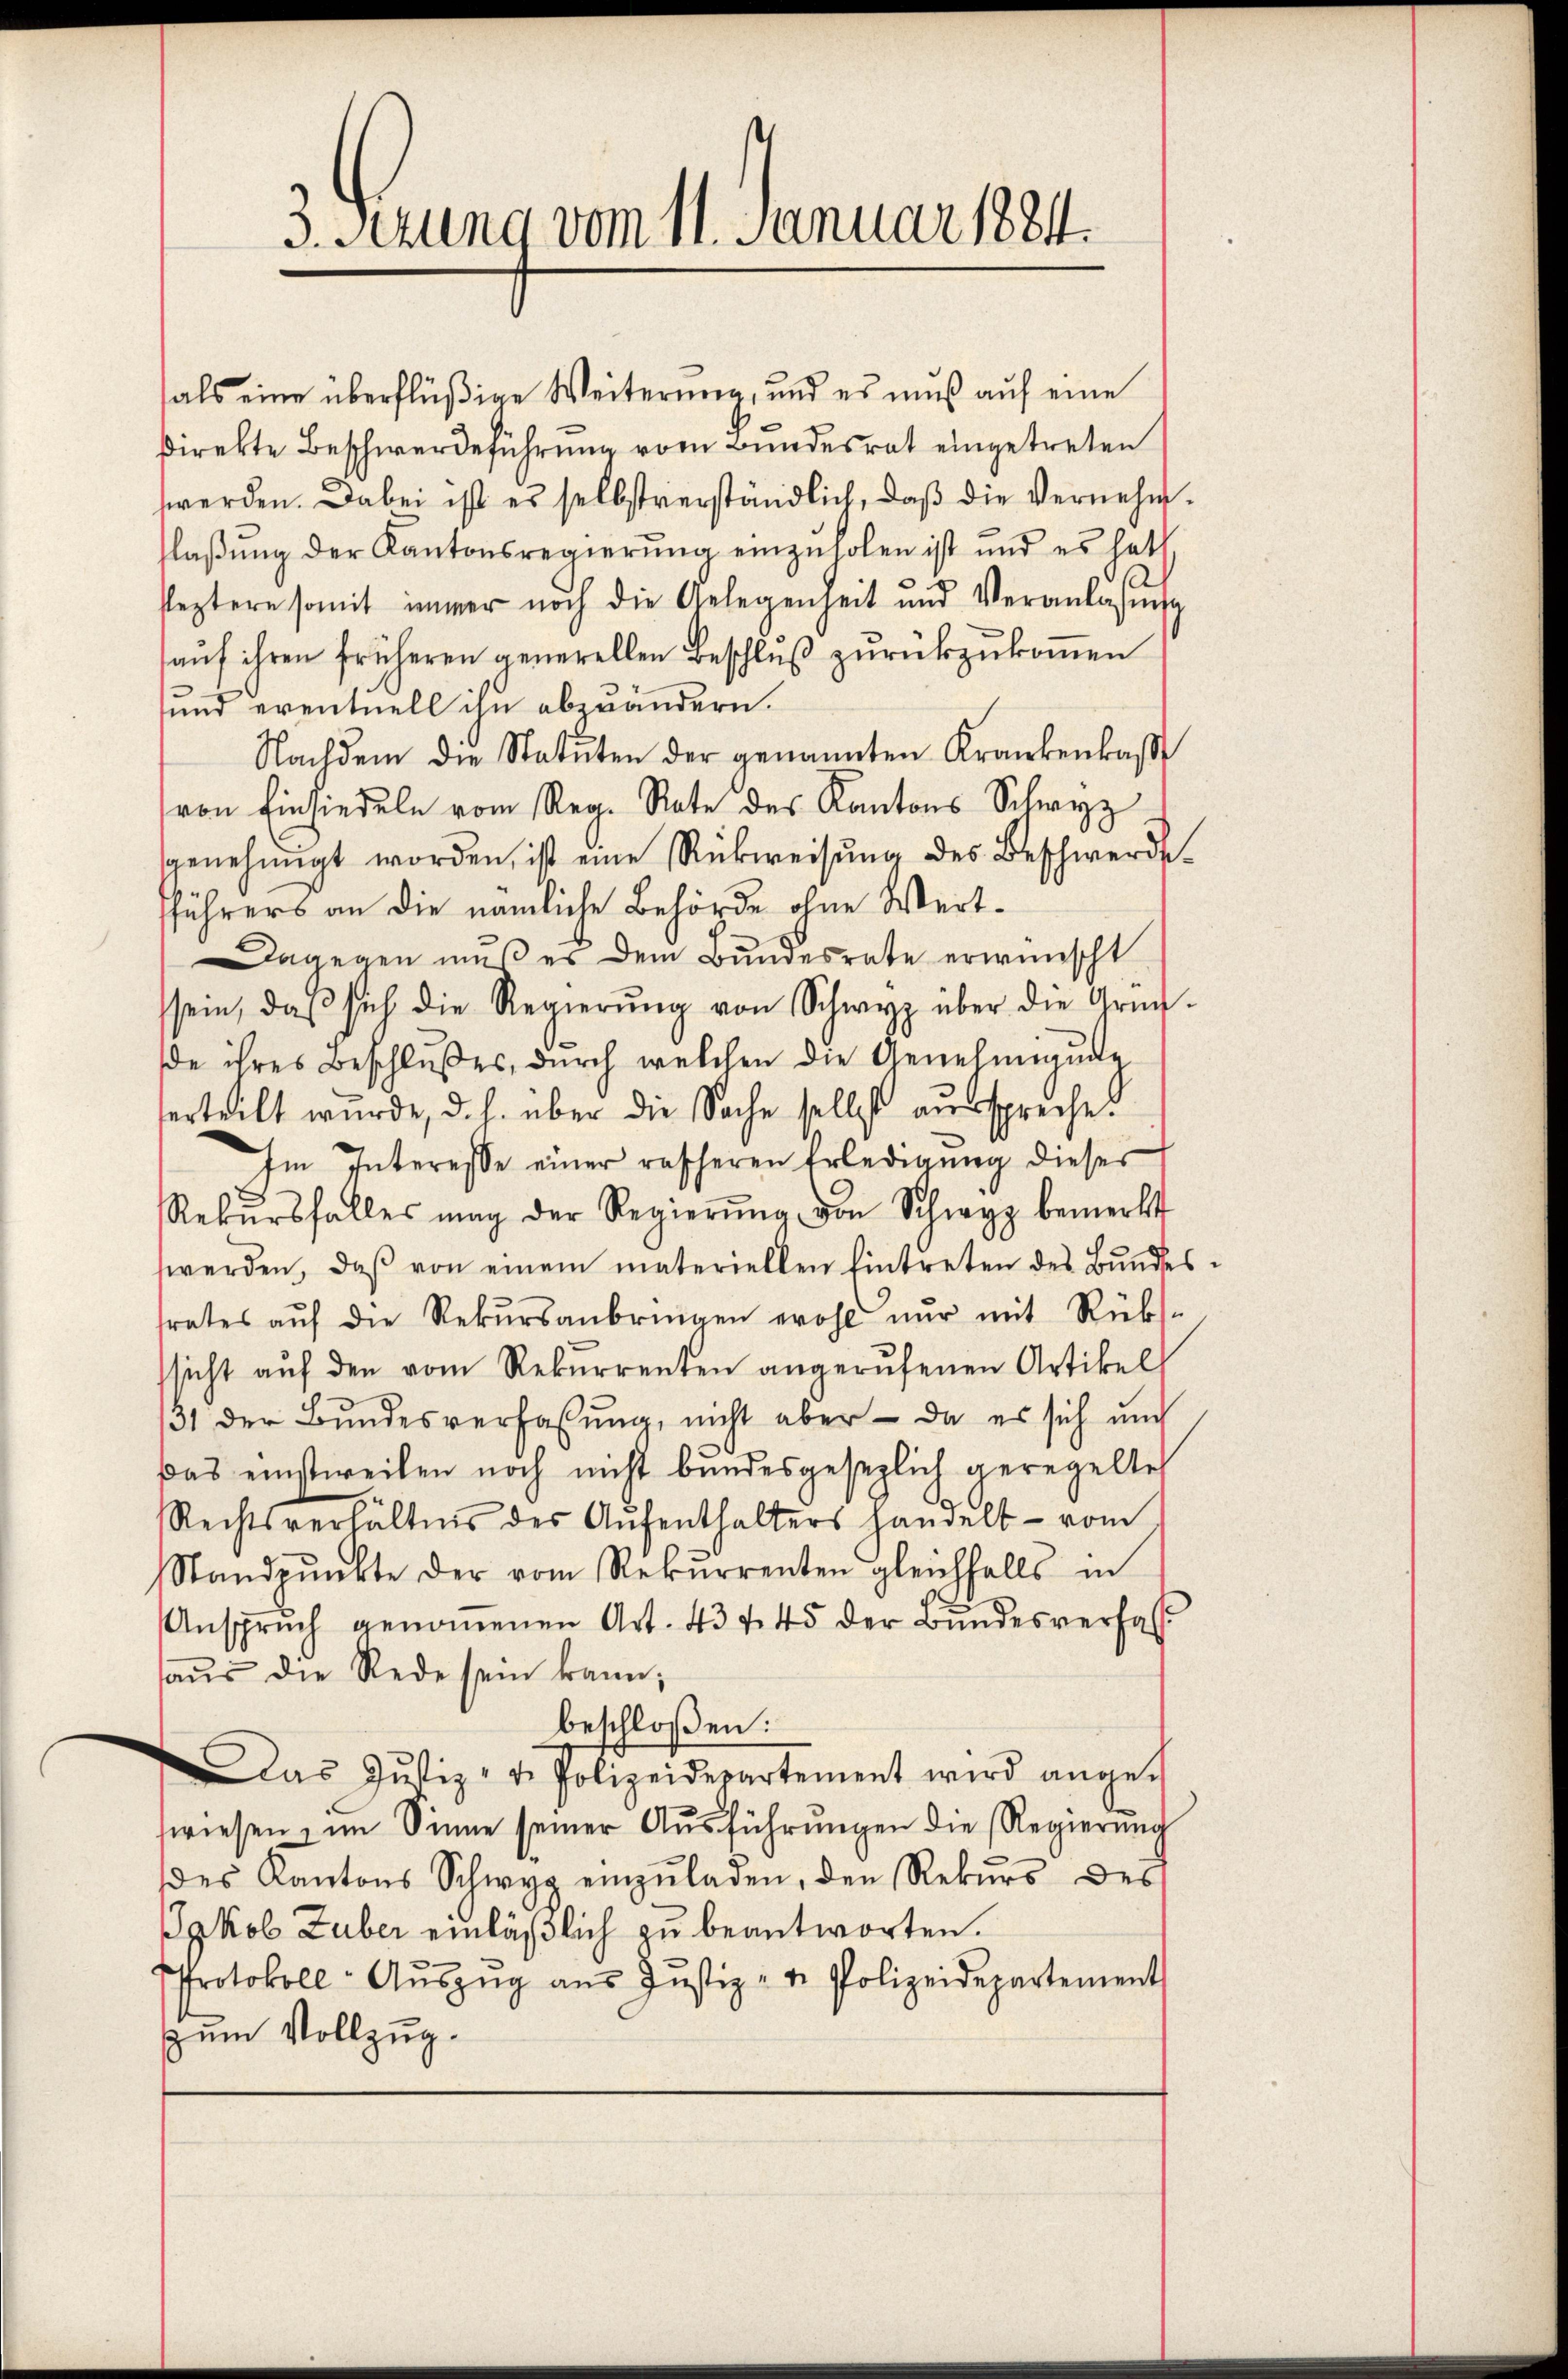
3. Setzung vom 11. Januar 1884.

als eine überflüßige Weiterung, und es muß auf eine
direkte Beschwerdeführung vom Bundesrat eingetreten
werden. Dabei ist es selbstverständlich, daβ die Vernehmflaβŭng der Kantonsregierŭng einzuholen ist und es hat
feztere somit immer noch die Gelegenheit und Veranlassŭng
auf ihren früheren generellen Beschluß zurückzukommen
und eventuell ihn abzuändern.
Nachdem die Statuten der genannten Krankenkas
von Einsiedeln vom Reg. Rate des Kantons Schwyz
genehmigt worden, ist eine Rückweisŭng des Beschwerde.
führers an die nämliche Behörde ohne Wert-
agegen mŭβ es dem Bundesrate erwünscht
sein, daβ sich die Regierŭng von Schwyz über die Grün-
de ihres Beschlußes, durch welchen die Genehmigung
erteilt wurde, d. h. über die Sache selbst ausspreche
Im Interesse einer rascheren Erledigŭng dieses
Rekŭrsfalles mag der Regierŭng von Schwyz bemerkt
werden, daβ von einem materiellen Eintreten des Bundes
rates aŭf die Rekŭrsanbringen wohl nŭr mit Rücks-
sicht aŭf den vom Rekurrenten angerŭfenen Artikel
131 der Bundesverfassung, nicht aber – da es sich und
Das einstweilen noch nicht bundesgesezlich geregelte
Rechtsverhältnis des Aŭfenthalters handelt - vom
Standpŭnkte der vom Rekŭrrenten gleichfalls in
Ansprŭch genoṁenen Art. 434. 45 der Bŭndesverfas
haŭs die Rede sein kann;
beschloßen:
Das Jŭstiz- u. Polizeidepartement wird ange-
wiesen, im Sinne seiner Aŭsführŭngen die Regierŭng
des Kantons Schwyz einzŭladen, den Rekŭrs des
Jakob Zuber einläßlich zu beantworten.
Protokoll- Aŭszŭg ans Justiz- u. Polizeidepartement
zum Vollzug.